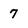
Character: 7